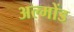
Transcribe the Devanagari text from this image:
अल्मोंड